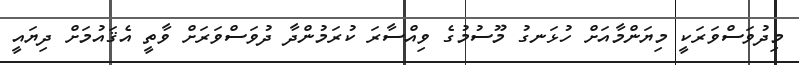
މިދުވަސްވަރަކީ މިޔަންމާއަށް ހުޅަނގު މޫސުމުގެ ވިއްސާރަ ކުރަމުންދާ ދުވަސްވަރަށް ވާތީ އެޤައުމަށް ދިޔައީ